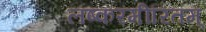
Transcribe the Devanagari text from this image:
लष्करमीरितम्